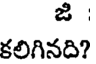
కలిగినది?